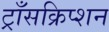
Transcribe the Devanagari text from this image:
ट्राँसक्रिप्शन